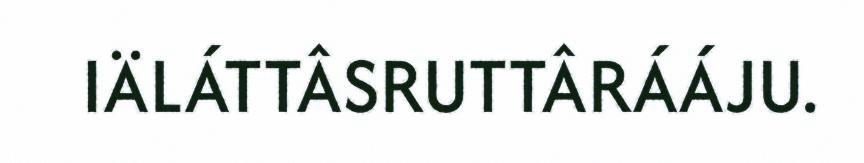
IÄLÁTTÂSRUTTÂRÁÁJU.